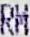
RM